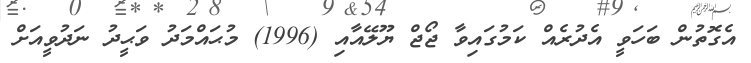
އެގޮތުން ބަހަވީ އެދުރެއް ކަމުގައިވާ ޖޯޖް ޔޫލޭއާއި (1996) މުޙައްމަދު ވަޙީދު ނަދުވީއަށް